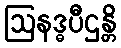
ဩနဒ္ဓပီဌန္တိ